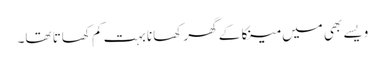
ویسے بھی میں مینکا کے گھر کھانا بہت کم کھاتا تھا۔